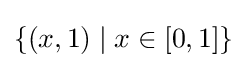
\{(x,1)\mid x\in [0,1]\}